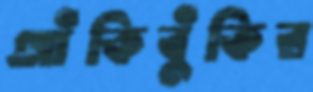
আঁকিবুঁকির